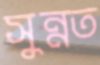
সুন্নত